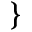
\}